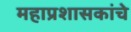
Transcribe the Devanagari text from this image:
महाप्रशासकांचे